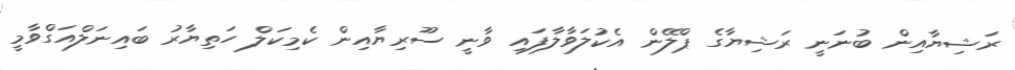
ރަޝިޔާއިން ބުނަނީ ރަޝިޔާގެ ޕްލޭން އެކުލަވާލާފައި ވާނީ ސޫރިޔާއިން ކެމިކަލް ހަތިޔާރު ބައިނަލްއަގްވާމީ